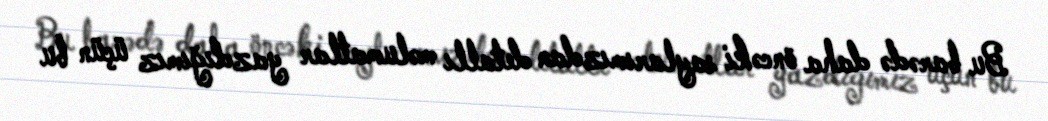
Bu barədə daha öncəki saylarımızdan detallı məlumatlar yazdığımız üçün bu